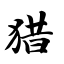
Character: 猎